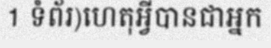
1 ទំព័រ)ហេតុអ្វីបានជាអ្នក